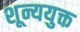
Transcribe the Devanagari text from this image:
शून्ययुक्त